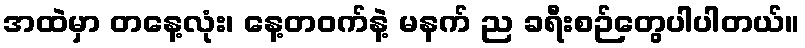
အထဲမှာ တနေ့လုံး၊ နေ့တဝက်နဲ့ မနက် ည ခရီးစဉ်တွေပါပါတယ်။